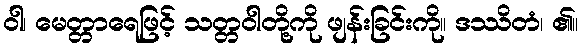
ဝါ၊ မေတ္တာရေဖြင့် သတ္တဝါတို့ကို ဖျန်းခြင်းကို။ ဒဿိတံ၊ ၏။